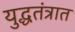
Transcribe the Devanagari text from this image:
युद्धतंत्रात